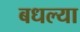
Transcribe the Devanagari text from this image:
बधल्या